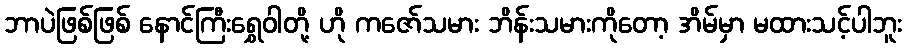
ဘာပဲဖြစ်ဖြစ် နောင်ကြီးရွှေဝါတို့ ဟို ကဇော်သမား ဘိန်းသမားကိုတော့ အိမ်မှာ မထားသင့်ပါဘူး